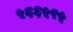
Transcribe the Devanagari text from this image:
५६६५९५